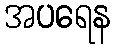
အပရေန